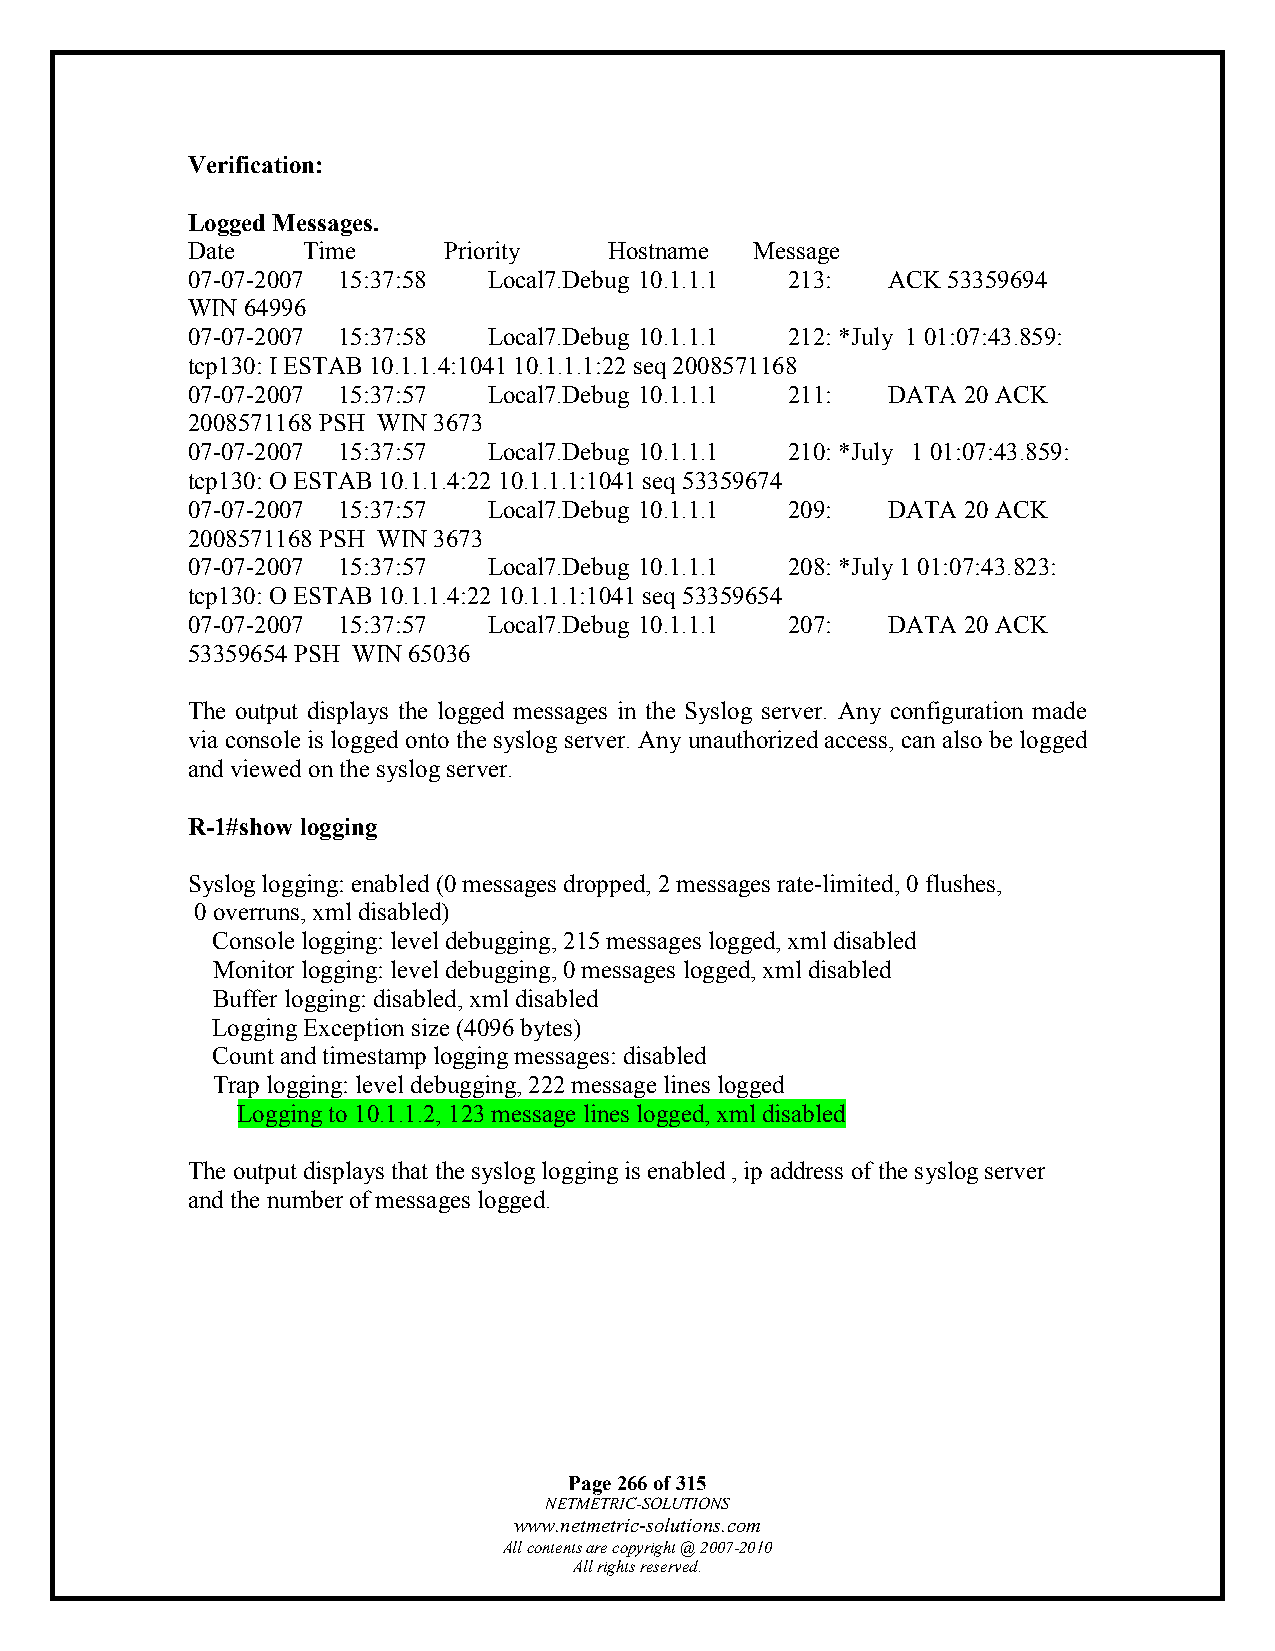
Verification:
 Logged Messages.
 Date    Time     Priority   Hostname  Message
 07-07-2007 15:37:58 Local7.Debug 10.1.1.1 213: ACK 53359694
 WIN 64996
 07-07-2007 15:37:58 Local7.Debug 10.1.1.1 212: *July 1 01:07:43.859:
 tcp130: I ESTAB 10.1.1.4:1041 10.1.1.1:22 seq 2008571168
 07-07-2007 15:37:57 Local7.Debug 10.1.1.1 211: DATA 20 ACK
 2008571168 PSH WIN 3673
 07-07-2007 15:37:57 Local7.Debug 10.1.1.1 210: *July 1 01:07:43.859:
 tcp130: O ESTAB 10.1.1.4:22 10.1.1.1:1041 seq 53359674
 07-07-2007 15:37:57 Local7.Debug 10.1.1.1 209: DATA 20 ACK
 2008571168 PSH WIN 3673
 07-07-2007 15:37:57 Local7.Debug 10.1.1.1 208: *July 1 01:07:43.823:
 tcp130: O ESTAB 10.1.1.4:22 10.1.1.1:1041 seq 53359654
 07-07-2007 15:37:57 Local7.Debug 10.1.1.1 207: DATA 20 ACK
 53359654 PSH WIN 65036
 The output displays the logged messages in the Syslog server. Any configuration made
 via console is logged onto the syslog server. Any unauthorized access, can also be logged
 and viewed on the syslog server.
 R-1#show logging
 Syslog logging: enabled (0 messages dropped, 2 messages rate-limited, 0 flushes,
 0 overruns, xml disabled)
 Console logging: level debugging, 215 messages logged, xml disabled
 Monitor logging: level debugging, 0 messages logged, xml disabled
 Buffer logging: disabled, xml disabled
 Logging Exception size (4096 bytes)
 Count and timestamp logging messages: disabled
 Trap logging: level debugging, 222 message lines logged
 Logging to 10.1.1.2, 123 message lines logged, xml disabled
 The output displays that the syslog logging is enabled , ip address of the syslog server
 and the number of messages logged.
 Page 266 of 315
 NETMETRIC-SOLUTIONS
 www.netmetric-solutions.com
 All contents are copyright @ 2007-2010
 All rights reserved.